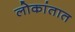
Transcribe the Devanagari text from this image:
लोकांतात